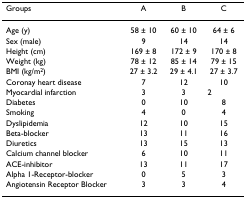
<table><thead><tr><td><b>Groups</b></td><td><b>A</b></td><td><b>B</b></td><td><b>C</b></td></tr></thead><tbody><tr><td>Age (y)</td><td>58 ± 10</td><td>60 ± 10</td><td>64 ± 6</td></tr><tr><td>Sex (male)</td><td>9</td><td>14</td><td>14</td></tr><tr><td>Height (cm)</td><td>169 ± 8</td><td>172 ± 9</td><td>170 ± 8</td></tr><tr><td>Weight (kg)</td><td>78 ± 12</td><td>85 ± 14</td><td>79 ± 15</td></tr><tr><td>BMI (kg/m<sup>2</sup>)</td><td>27 ± 3.2</td><td>29 ± 4.1</td><td>27 ± 3.7</td></tr><tr><td>Coronay heart disease</td><td>7</td><td>12</td><td>10</td></tr><tr><td>Myocardial infarction</td><td>3</td><td>3</td><td>2</td></tr><tr><td>Diabetes</td><td>0</td><td>10</td><td>8</td></tr><tr><td>Smoking</td><td>4</td><td>0</td><td>4</td></tr><tr><td>Dyslipidemia</td><td>12</td><td>10</td><td>15</td></tr><tr><td>Beta-blocker</td><td>13</td><td>11</td><td>16</td></tr><tr><td>Diuretics</td><td>13</td><td>15</td><td>13</td></tr><tr><td>Calcium channel blocker</td><td>6</td><td>10</td><td>11</td></tr><tr><td>ACE-inhibitor</td><td>13</td><td>11</td><td>17</td></tr><tr><td>Alpha 1-Receptor-blocker</td><td>0</td><td>5</td><td>3</td></tr><tr><td>Angiotensin Receptor Blocker</td><td>3</td><td>3</td><td>4</td></tr></tbody></table>